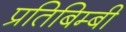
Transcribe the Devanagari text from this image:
प्रतिबिम्बी